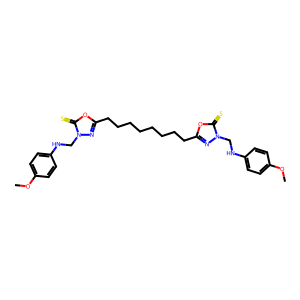
SMILES: COc1ccc(NCn2nc(CCCCCCCCc3nn(CNc4ccc(OC)cc4)c(=S)o3)oc2=S)cc1
Inhibits HIV replication: No